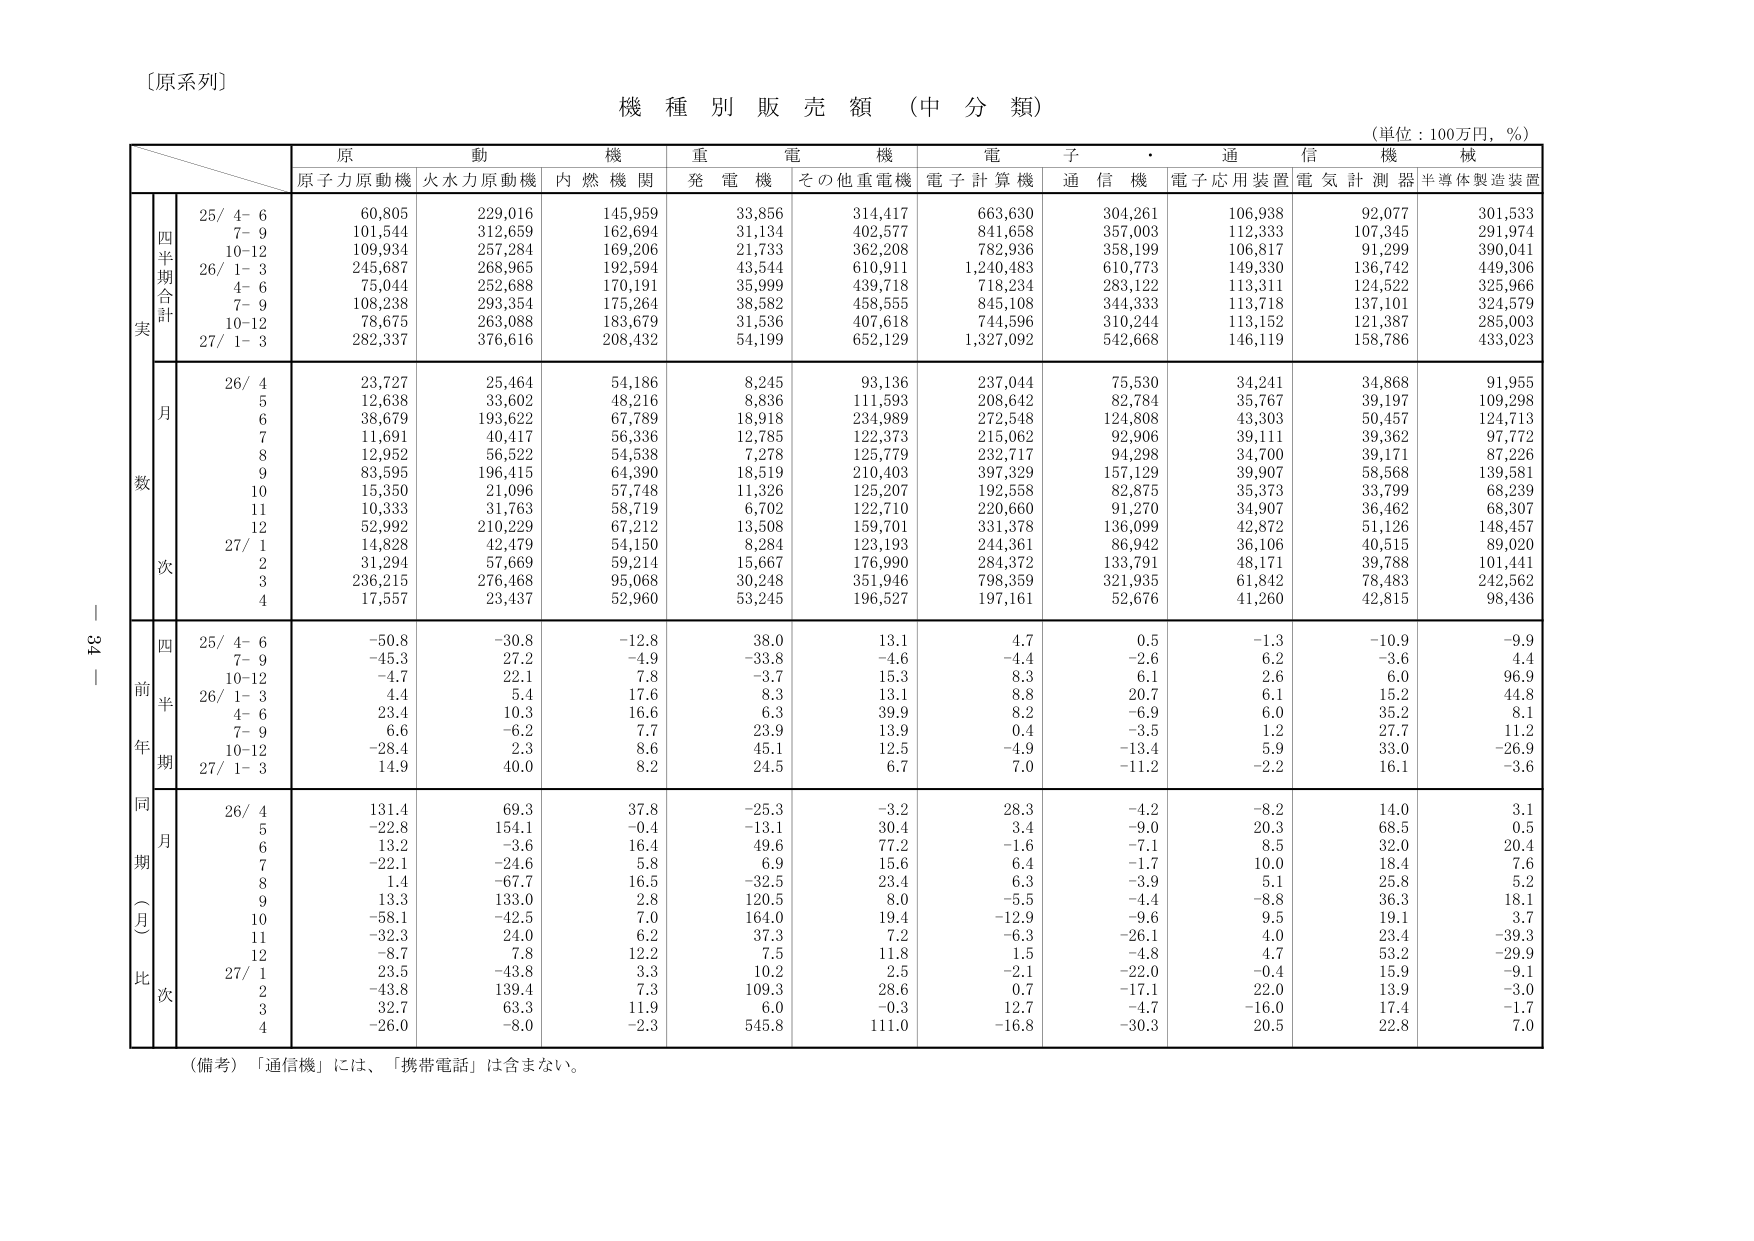
〔原系列〕

機種別販売額（中分類）

（単位：100万円，％）

原動機　重電機　電子・通信機　械
原子力原動機　火力力原動機　内燃機関　発電機　その他重電機　電子計算機　通信機　電子応用装置　電気計測器　半導体製造装置

四半期合計
25/ 4- 6　60,805　229,016　145,959　33,856　314,417　663,630　304,261　106,938　92,077　301,533
　7- 9　101,544　312,659　162,694　31,134　402,577　841,658　357,003　112,333　107,345　291,974
　10-12　109,934　257,284　169,206　21,733　362,208　782,936　358,199　106,817　91,299　390,041
26/ 1- 3　245,687　268,965　192,594　43,544　610,911　1,240,483　610,773　149,330　136,742　449,306
　4- 6　75,044　252,688　170,191　35,999　439,718　718,234　283,122　113,311　124,522　325,966
　7- 9　108,238　293,354　175,264　38,582　458,555　845,108　344,333　113,718　137,101　324,579
　10-12　78,675　263,088　183,679　31,536　407,618　744,596　310,244　113,152　121,387　285,003
27/ 1- 3　282,337　376,616　208,432　54,199　652,129　1,327,092　542,668　146,119　158,786　433,023

数
月
26/ 4　23,727　25,464　54,186　8,245　93,136　237,044　75,530　34,241　34,868　91,955
　5　12,638　33,602　48,216　8,836　111,593　208,642　82,784　35,767　39,197　109,298
　6　38,679　193,622　67,789　18,918　234,989　272,548　124,808　43,303　50,457　124,713
　7　11,691　40,417　56,336　12,785　122,373　215,062　92,906　39,111　39,362　97,772
　8　12,952　56,522　54,538　7,278　125,779　232,717　94,298　34,700　39,171　87,226
　9　83,595　196,415　64,390　18,519　210,403　397,329　157,129　39,907　58,568　139,581
　10　15,350　21,096　57,748　11,326　125,207　192,558　82,875　35,373　33,799　68,239
　11　10,333　31,763　58,719　6,702　122,710　220,660　91,270　34,907　36,462　68,307
　12　52,992　210,229　67,212　13,508　159,701　331,378　136,099　42,872　51,126　148,457
27/ 1　14,828　42,479　54,150　8,284　123,193　244,361　86,942　36,106　40,515　89,020
　2　31,294　57,669　59,214　15,667　176,990　284,372　133,791　48,171　39,788　101,441
　3　236,215　276,468　95,068　30,248　351,946　798,359　321,935　61,842　78,483　242,562
　4　17,557　23,437　52,960　53,245　196,527　197,161　52,676　41,260　42,815　98,436

前年同期比
四半期
25/ 4- 6　-50.8　-30.8　-12.8　38.0　13.1　4.7　0.5　-1.3　-10.9　-9.9
　7- 9　-45.3　27.2　-4.9　-33.8　-4.6　-4.4　-2.6　6.2　-3.6　4.4
　10-12　-4.7　22.1　7.8　-3.7　15.3　8.3　6.1　2.6　6.0　96.9
26/ 1- 3　4.4　5.4　17.6　8.3　13.1　8.8　20.7　6.1　15.2　44.8
　4- 6　23.4　10.3　16.6　6.3　39.9　8.2　-6.9　6.0　35.2　8.1
　7- 9　6.6　-6.2　7.7　23.9　13.9　0.4　-3.5　1.2　27.7　11.2
　10-12　-28.4　2.3　8.6　45.1　12.5　-4.9　-13.4　5.9　33.0　-26.9
27/ 1- 3　14.9　40.0　8.2　24.5　6.7　7.0　-11.2　-2.2　16.1　-3.6

同期比
月
26/ 4　131.4　69.3　37.8　-25.3　-3.2　28.3　-4.2　-8.2　14.0　3.1
　5　-22.8　154.1　-0.4　-13.1　30.4　3.4　-9.0　20.3　68.5　0.5
　6　13.2　-3.6　16.4　49.6　77.2　-1.6　-7.1　8.5　32.0　20.4
　7　-22.1　-24.6　5.8　6.9　15.6　6.4　-1.7　10.0　18.4　7.6
　8　1.4　-67.7　16.5　-32.5　23.4　6.3　-3.9　5.1　25.8　5.2
　9　13.3　133.0　2.8　120.5　8.0　-5.5　-4.4　-8.8　36.3　18.1
　10　-58.1　-42.5　7.0　164.0　19.4　-12.9　-9.6　9.5　19.1　3.7
　11　-32.3　24.0　6.2　37.3　7.2　-6.3　-26.1　4.0　23.4　-39.3
　12　-8.7　7.8　12.2　7.5　11.8　1.5　-4.8　4.7　53.2　-29.9
27/ 1　23.5　-43.8　3.3　10.2　2.5　-2.1　-22.0　-0.4　15.9　-9.1
　2　-43.8　139.4　7.3　109.3　28.6　0.7　-17.1　22.0　13.9　-3.0
　3　32.7　63.3　11.9　6.0　-0.3　12.7　-4.7　-16.0　17.4　-1.7
　4　-26.0　-8.0　-2.3　545.8　111.0　-16.8　-30.3　20.5　22.8　7.0

（備考）「通信機」には、「携帯電話」は含まない。

－ 34 －